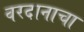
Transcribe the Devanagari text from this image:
वरदानाचा